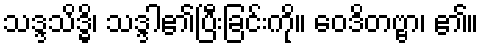
သဒ္ဒသိဒ္ဓိ၊ သဒ္ဒါ၏ပြီးခြင်းကို။ ဝေဒိတဗ္ဗာ၊ ၏။